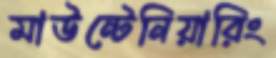
মাউন্টেনিয়ারিং